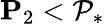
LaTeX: \mathbf{P}_{2}<\mathcal{P}_{*}